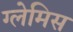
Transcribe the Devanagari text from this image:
ग्लेमिस